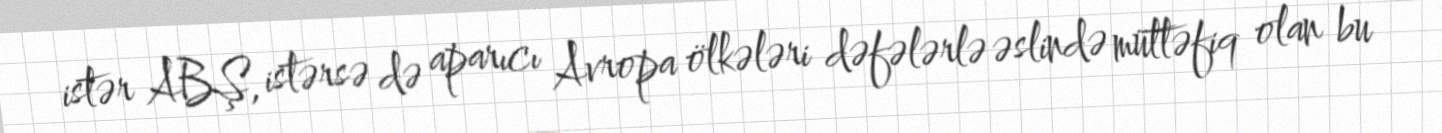
istər ABŞ, istərsə də aparıcı Avropa ölkələri dəfələrlə əslində müttəfiq olan bu